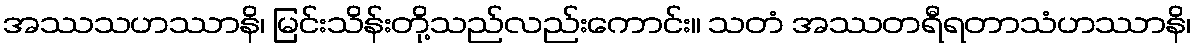
အဿသဟဿာနိ၊ မြင်းသိန်းတို့သည်လည်းကောင်း။ သတံ အဿတရီရတာသံဟဿာနိ၊